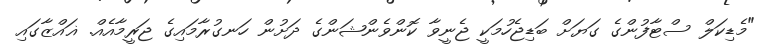
"މެޑިކަލް ސްޓާފުންގެ ގަޔަށް ބަޑިޖެހުމަކީ ޖެނީވާ ކޮންވެންޝަންގެ ދަށުން ހަނގުރާމައިގެ ޖަރީމާއެއް. ޣައްޒާގައި